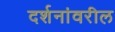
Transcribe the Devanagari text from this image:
दर्शनांवरील